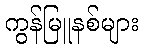
ကွန်မြူနစ်များ